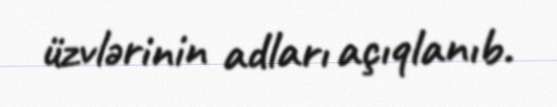
üzvlərinin adları açıqlanıb.